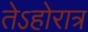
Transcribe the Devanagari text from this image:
तेऽहोरात्र